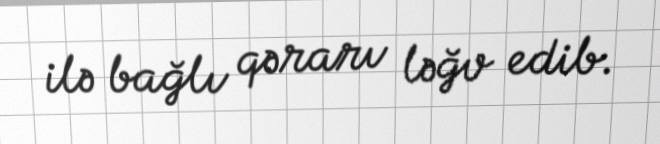
ilə bağlı qərarı ləğv edib.